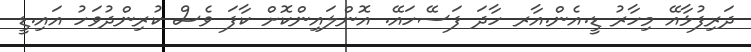
ދަރިފުޅާއޭ މިހާރު ޑީ.އެން.އާރ ހާދަ ފަސޭހައޭ. އޮންލައިންކޮށް ކާފަ ވެސް ކުރިންދުވަހު އައި.ޑީ